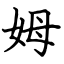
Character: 姆